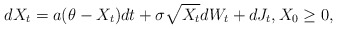
\begin{align*} dX_{t}=a(\theta-X_{t})dt +\sigma \sqrt{X_{t}}dW_{t}+dJ_t, X_0 \geq 0, \end{align*}